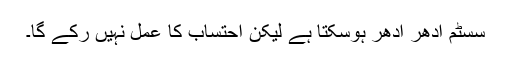
سسٹم ادھر ادھر ہوسکتا ہے لیکن احتساب کا عمل نہیں رکے گا۔